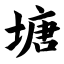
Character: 塘